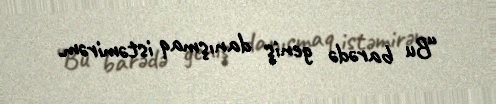
“Bu barədə geniş danışmaq istəmirəm.